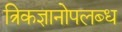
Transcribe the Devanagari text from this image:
त्रिकज्ञानोपलब्ध